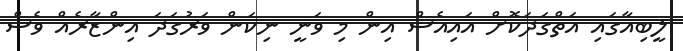
ލީބިއާގައި އަތްގަދަކޮށް އައިއެސް އިން މި ވަނީ ނިކަން ވަރުގަދަ އިންޒާރެއް ވެސް